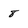
Character: 8